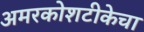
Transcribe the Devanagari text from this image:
अमरकोशटीकेचा